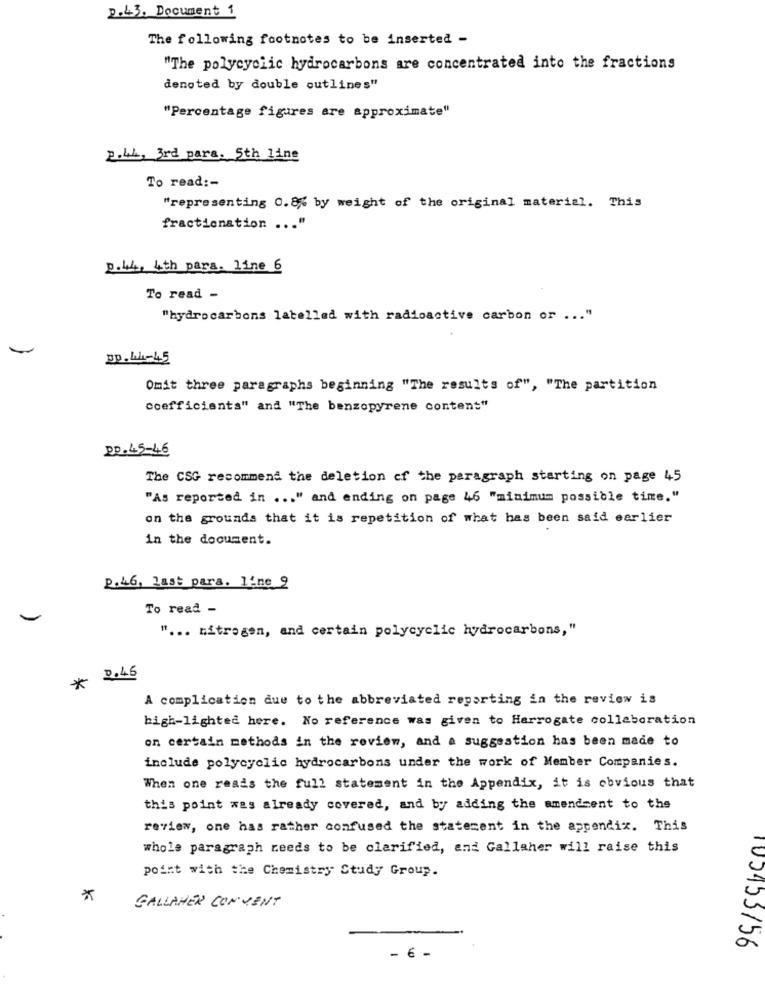
p.43. Document 1
The following footnotes to be inserted -
"The polycyclic hydrocarbons are concentrated into the fractions
denoted by double outlines"
"Percentage figures are approximate"
2.44, 3rd para. 5th Line
To read :-
"representing 0.8% by weight of the original material. This
fractionation ... "
D.44, 4th para. line 6
To read -
"hydrocarbons labelled with radioactive carbon or ... "
30.44-45
Omit three paragraphs beginning "The results of", "The partition
coefficients" and "The benzopyrene content"
Pp.45-46
The CSG recommend the deletion cf the paragraph starting on page 45
"As reported in ... " and ending on page 46 "minimum possible time."
on the grounds that it is repetition of what has been said earlier
in the document.
p.46, last para. line 9
To read -
-
" ... nitrogen, and certain polycyclic hydrocarbons,"
* 2.45
A complication due to the abbreviated reporting in the review is
high-lighted here. No reference was given to Harrogate collaboration
on certain methods in the review, and a suggestion has been made to
include polycyclic hydrocarbons under the work of Member Companies.
When one reads the full statement in the Appendix, it is obvious that
this point was already covered, and by adding the amendment to the
review, one has rather confused the statement in the appendix. This
whole paragraph needs to be clarified, and Gallaher will raise this
point with the Chemistry Study Group.
*
GALLAHER CONVENT
103453/56
- 6 -